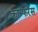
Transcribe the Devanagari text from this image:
कान्फरेंस